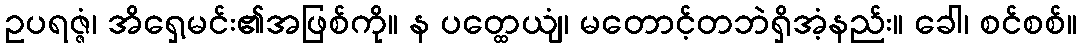
ဥပရဇ္ဇံ၊ အိရှေ့မင်း၏အဖြစ်ကို။ န ပတ္ထေယျံ၊ မတောင့်တဘဲရှိအံ့နည်း။ ခေါ၊ စင်စစ်။